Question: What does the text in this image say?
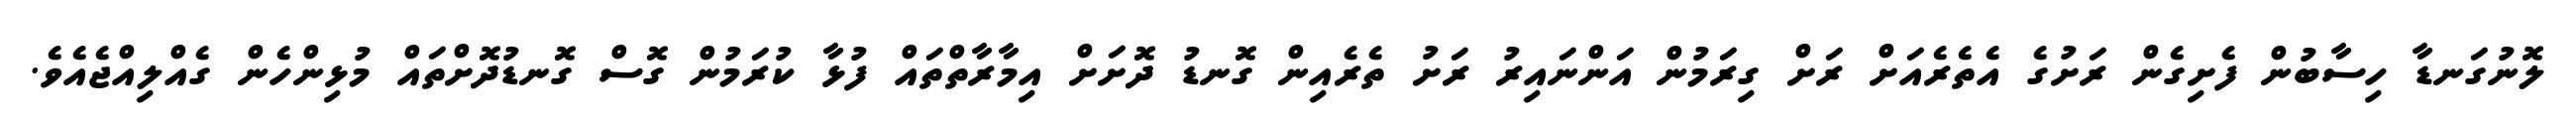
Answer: ލޮނުގަނޑާ ހިސާބުން ފެށިގެން ރަށުގެ އެތެރެއަށް ރަށް ގިރަމުން އަންނައިރު ރަށު ތެރެއިން ގޮނޑު ދޮށަށް އިމާރާތްތައް ފުޅާ ކުރަމުން ގޮސް ގޮނޑުދޮށްތައް މުޅިންހެން ގެއްލިއްޖެއެވެ.